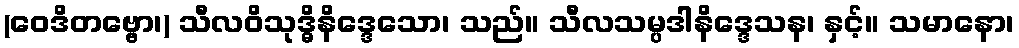
(ဝေဒိတဗ္ဗော၊) သီလဝိသုဒ္ဓိနိဒ္ဒေသော၊ သည်။ သီလသမ္ပဒါနိဒ္ဒေသန၊ နှင့်။ သမာနော၊